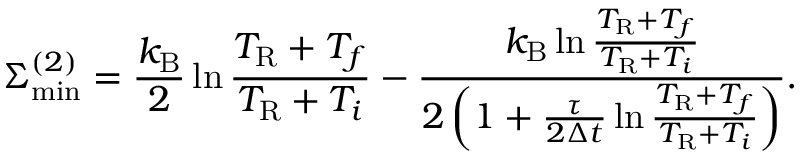
\Sigma _ { \mathrm { m i n } } ^ { ( 2 ) } = \frac { k _ { \mathrm { B } } } { 2 } \ln \frac { T _ { \mathrm { R } } + T _ { f } } { T _ { \mathrm { R } } + T _ { i } } - \frac { k _ { \mathrm { B } } \ln \frac { T _ { \mathrm { R } } + T _ { f } } { T _ { \mathrm { R } } + T _ { i } } } { 2 \left( 1 + \frac { \tau } { 2 \Delta t } \ln \frac { T _ { \mathrm { R } } + T _ { f } } { T _ { \mathrm { R } } + T _ { i } } \right) } .